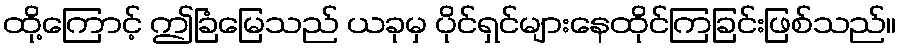
ထို့ကြောင့် ဤခြံမြေသည် ယခုမှ ပိုင်ရှင်များနေထိုင်ကြခြင်းဖြစ်သည်။